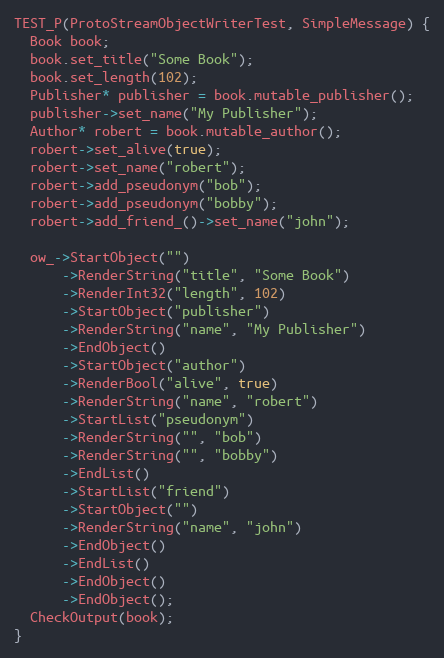
Language: C++
TEST_P(ProtoStreamObjectWriterTest, SimpleMessage) {
  Book book;
  book.set_title("Some Book");
  book.set_length(102);
  Publisher* publisher = book.mutable_publisher();
  publisher->set_name("My Publisher");
  Author* robert = book.mutable_author();
  robert->set_alive(true);
  robert->set_name("robert");
  robert->add_pseudonym("bob");
  robert->add_pseudonym("bobby");
  robert->add_friend_()->set_name("john");

  ow_->StartObject("")
      ->RenderString("title", "Some Book")
      ->RenderInt32("length", 102)
      ->StartObject("publisher")
      ->RenderString("name", "My Publisher")
      ->EndObject()
      ->StartObject("author")
      ->RenderBool("alive", true)
      ->RenderString("name", "robert")
      ->StartList("pseudonym")
      ->RenderString("", "bob")
      ->RenderString("", "bobby")
      ->EndList()
      ->StartList("friend")
      ->StartObject("")
      ->RenderString("name", "john")
      ->EndObject()
      ->EndList()
      ->EndObject()
      ->EndObject();
  CheckOutput(book);
}